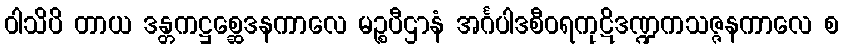
ဝါသိပိ တာယ ဒန္တကဋ္ဌစ္ဆေဒနကာလေ မဉ္စပီဌာနံ အင်္ဂပါဒစီဝရကုဋိဒဏ္ဍကသဇ္ဇနကာလေ စ